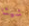
شيئا